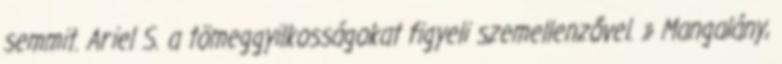
semmit. Ariel S. a tömeggyilkosságokat figyeli szemellenzővel. » Mangalány,